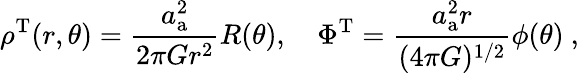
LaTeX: \rho^{\mathrm{T}}(r,\theta)=\frac{a_{\mathrm{a}}^{2}}{2\pi Gr^{2}}R(\theta),\quad\Phi^{\mathrm{T}}=\frac{a_{\mathrm{a}}^{2}r}{(4{\pi}G)^{1/2}}\phi(\theta)\ ,